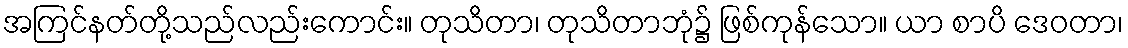
အကြင်နတ်တို့သည်လည်းကောင်း။ တုသိတာ၊ တုသိတာဘုံ၌ ဖြစ်ကုန်သော။ ယာ စာပိ ဒေဝတာ၊